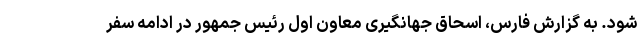
شود. به گزارش فارس، اسحاق جهانگیری معاون اول رئیس جمهور در ادامه سفر